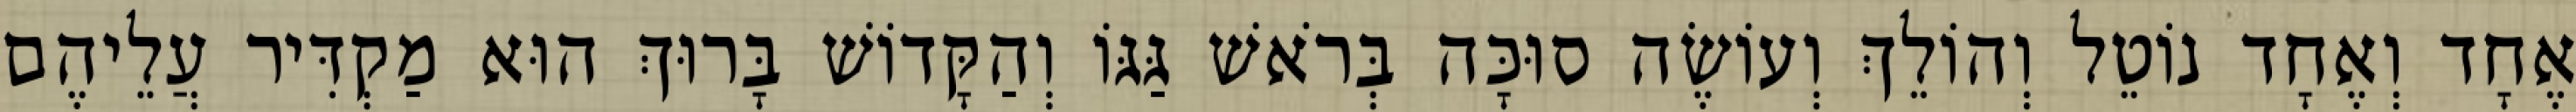
אֶחָד וְאֶחָד נוֹטֵל וְהוֹלֵךְ וְעוֹשֶׂה סוּכָּה בְּרֹאשׁ גַּגּוֹ וְהַקָּדוֹשׁ בָּרוּךְ הוּא מַקְדִּיר עֲלֵיהֶם